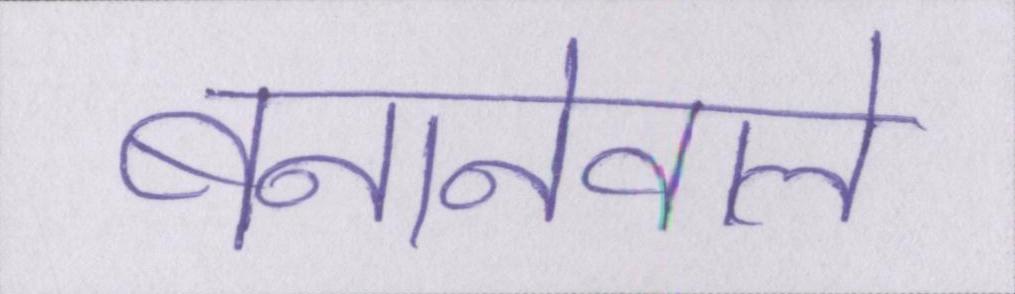
बनानेवाले